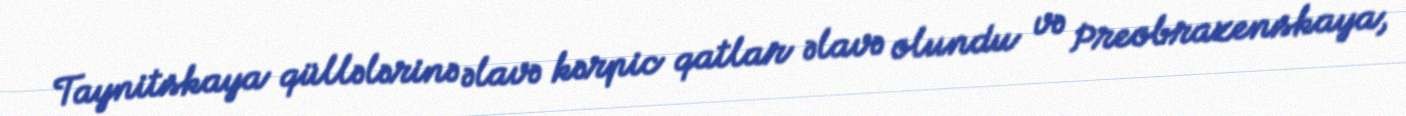
Taynitskaya qüllələrinə əlavə kərpic qatlar əlavə olundu və Preobrazenskaya,